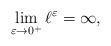
LaTeX: \begin{align*}\lim_{\varepsilon\to0^{+}}\ell^{\varepsilon}=\infty,\end{align*}